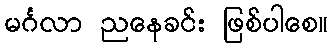
မင်္ဂလာ ညနေခင်း ဖြစ်ပါစေ။